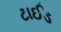
ટાઈડ